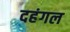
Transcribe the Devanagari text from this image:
दहंगल